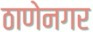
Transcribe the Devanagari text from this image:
ठाणेनगर